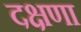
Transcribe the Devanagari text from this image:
दक्षणा